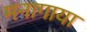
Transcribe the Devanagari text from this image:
मनागाया